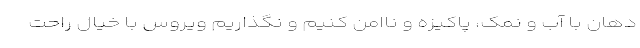
دهان با آب و نمک، پاکیزه و ناامن کنیم و نگذاریم ویروس با خیال راحت